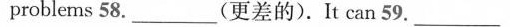
problems 58. ___ (更差的).It can 59. ___